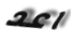
اعد